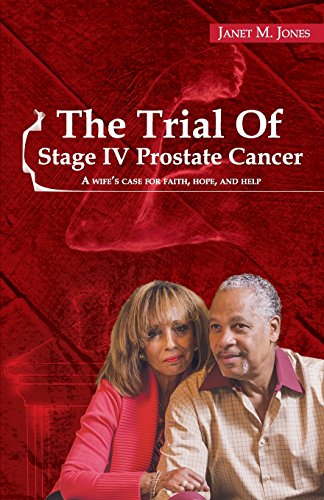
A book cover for The Trial Of Stage IV Prostate Cancer: A Wife's Case for Faith, Hope, and Help; Janet M Jones; Health, Fitness & Dieting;